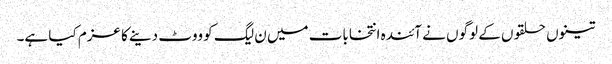
تینوں حلقوں کے لوگوں نے آئندہ انتخابات میں ن لیگ کو ووٹ دینے کا عزم کیا ہے۔